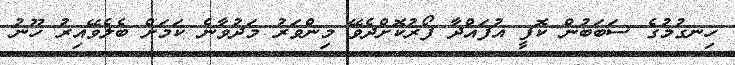
ހިނގުމުގެ ސަބަބުން ކޮފީ އުފައްދާ ފޯރުކޮށްދެވޭ މިންވަރު މަދުވާނެ ކަމަށް ބެލެވޭއިރު ހޫނު